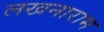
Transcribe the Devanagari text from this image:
लखनाराम